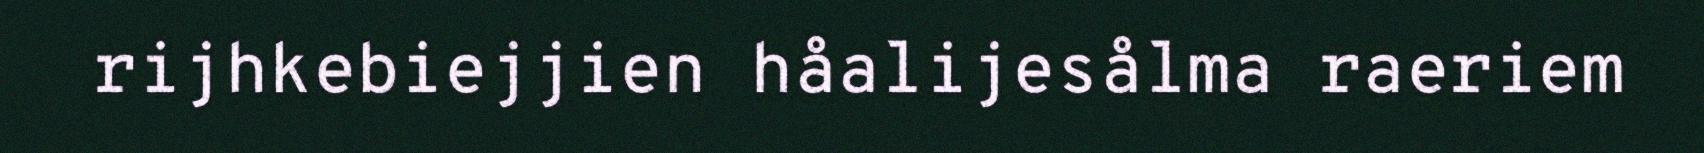
rijhkebiejjien håalijesålma raeriem